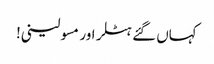
کہاں گئے ہٹلر اور مسولینی!